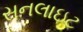
સનલાઇટ